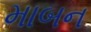
માબન